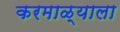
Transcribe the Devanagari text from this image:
करमाळ्याला